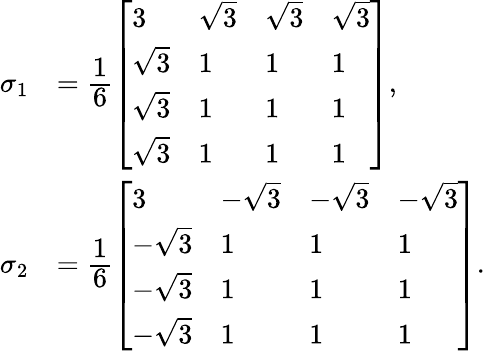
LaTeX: \begin{array}{rl}{\sigma_{1}}&{=\cfrac{1}{6}\left[\begin{array}{llll}{3}&{\sqrt{3}}&{\sqrt{3}}&{\sqrt{3}}\\ {\sqrt{3}}&{1}&{1}&{1}\\ {\sqrt{3}}&{1}&{1}&{1}\\ {\sqrt{3}}&{1}&{1}&{1}\end{array}\right],}\\ {\sigma_{2}}&{=\cfrac{1}{6}\left[\begin{array}{llll}{3}&{-\sqrt{3}}&{-\sqrt{3}}&{-\sqrt{3}}\\ {-\sqrt{3}}&{1}&{1}&{1}\\ {-\sqrt{3}}&{1}&{1}&{1}\\ {-\sqrt{3}}&{1}&{1}&{1}\end{array}\right].}\end{array}